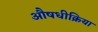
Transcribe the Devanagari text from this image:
औषधीक्रिया